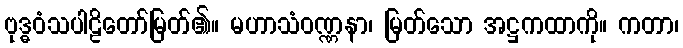
ဗုဒ္ဓဝံသပါဠိတော်မြတ်၏။ မဟာသံဝဏ္ဏနာ၊ မြတ်သော အဋ္ဌကထာကို။ ကတာ၊